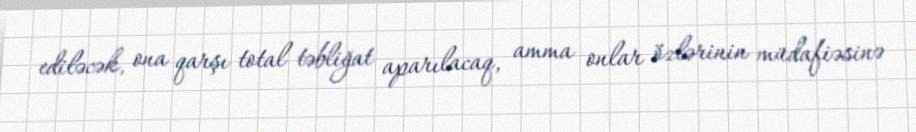
ediləcək, ona qarşı total təbliğat aparılacaq, amma onlar özlərinin müdafiəsinə